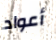
أعواد